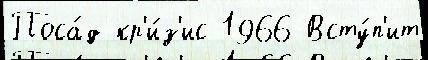
Поса́д кр'и́з'ис 1966 Всту́п'ит